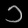
Digit: ၁